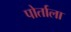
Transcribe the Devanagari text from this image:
पोर्ताला